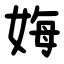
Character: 娒